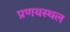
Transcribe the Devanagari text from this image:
प्रणयस्थल